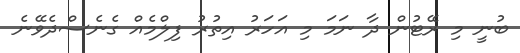
ބުނީ މި ރޭޓުން ދާ ނަމަ މި އަހަރު އިތުރު ފިލްމެއް ގެނެސްދެވޭނެ